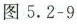
图5.2-9